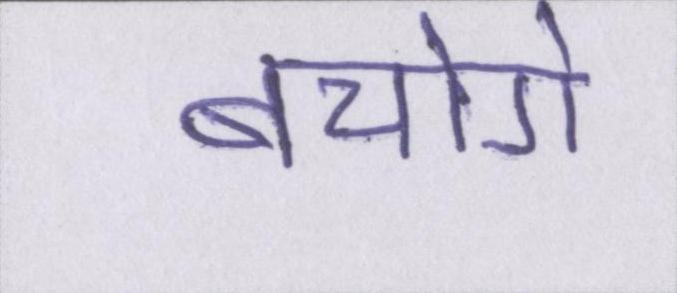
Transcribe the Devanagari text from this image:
बचोगे